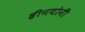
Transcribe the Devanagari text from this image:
हीनयोनी